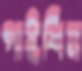
পাইশিন